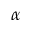
\alpha